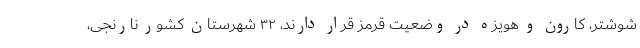
شوشتر، کارون و هویزه در وضعیت قرمز قرار دارند، ۳۲ شهرستان کشور نارنجی،